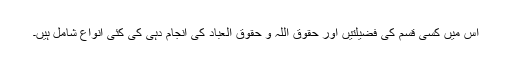
اس میں کسی قسم کی فضیلتیں اور حقوق اللہ و حقوق العباد کی انجام دہی کی کئی انواع شامل ہیں۔